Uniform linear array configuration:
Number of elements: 8
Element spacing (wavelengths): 1
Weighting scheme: hamming
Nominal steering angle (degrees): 0
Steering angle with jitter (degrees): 1.298
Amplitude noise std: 0.05
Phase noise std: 0.05

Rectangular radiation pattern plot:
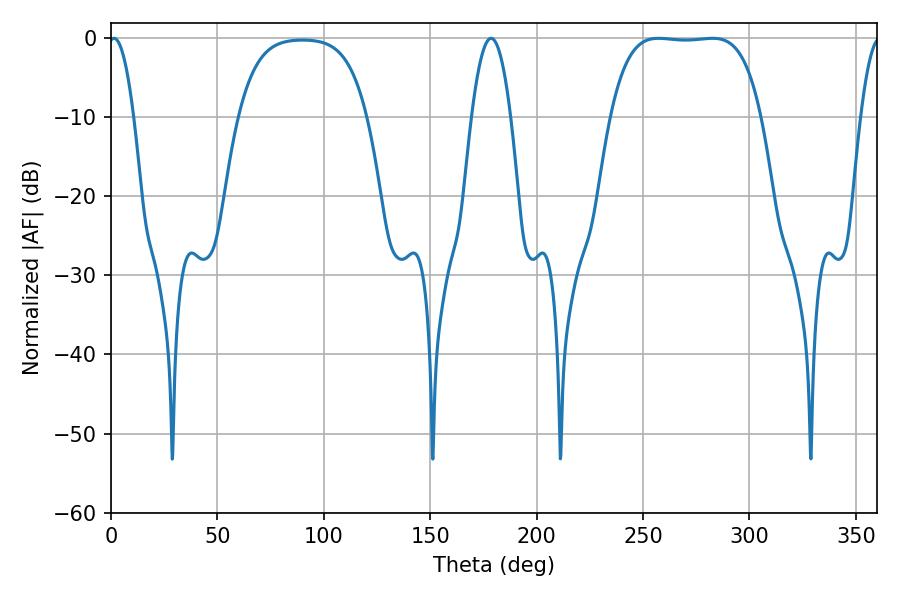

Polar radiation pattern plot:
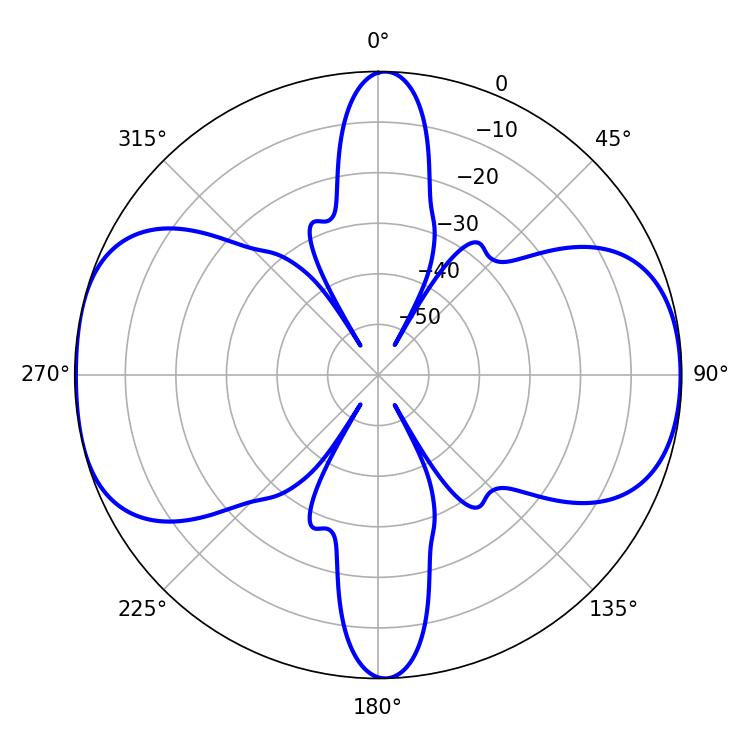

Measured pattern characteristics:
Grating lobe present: TRUE
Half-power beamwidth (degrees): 55.08
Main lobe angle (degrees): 257.22